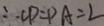
\therefore C P = P A = 2